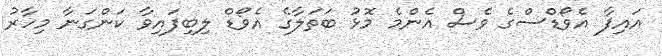
އައިފާ އެވޯޑްސްގެ ވެސް އެންމެ މޮޅު ބަތަލާގެ އެވޯޑް ލިބިފައިވާ ކަންގަނާ މިހާރު